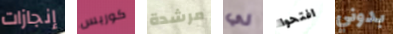
إنجازات كوربس مرشدة لي افتحوا بدوني